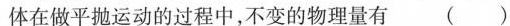
体在做平抛运动的过程中，不变的物理量有()